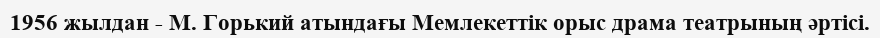
1956 жылдан - М. Горький атындағы Мемлекеттік орыс драма театрының әртісі.